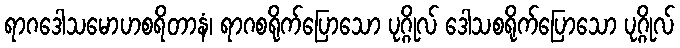
ရာဂဒေါသမောဟစရိတာနံ၊ ရာဂစရိုက်ပြောသော ပုဂ္ဂိုလ် ဒေါသစရိုက်ပြောသော ပုဂ္ဂိုလ်